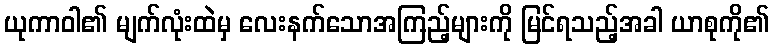
ယုကာဝါ၏ မျက်လုံးထဲမှ လေးနက်သောအကြည့်များကို မြင်ရသည့်အခါ ယာစုကို၏